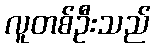
လူတစ်ဦးသည်